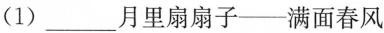
(1) ___月里扇扇子——满面春风